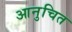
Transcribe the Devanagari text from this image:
आनुचित